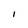
Character: I